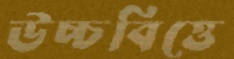
উচ্চবিত্তে